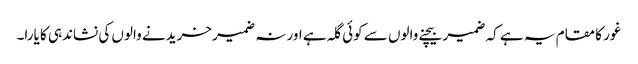
غور کا مقام یہ ہے کہ ضمیر بیچنے والوں سے کوئی گلہ ہے اور نہ ضمیر خریدنے والوں کی نشاندہی کا یارا۔